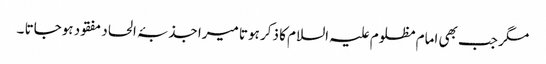
مگر جب بھی امام مظلوم علیہ السلام کا ذکر ہوتا میرا جذبۂ الحاد مفقود ہوجاتا ۔